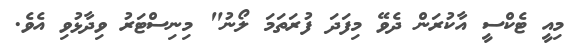
މިއީ ޓެކްސީ އާކުރަން ދެވޭ މިފަދަ ފުރަތަމަ ލޯނު" މިނިސްޓަރު ވިދާޅުވި އެވެ.